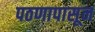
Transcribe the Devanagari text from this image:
पठणापासून